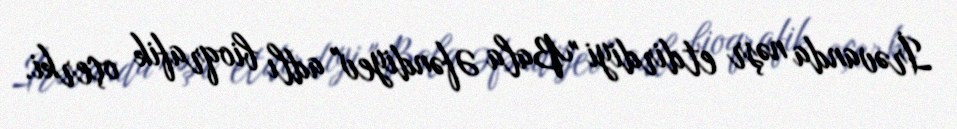
İrəvanda nəşr etdirdiyi "Bala Əfəndiyev" adlı bioqrafik oçerki.